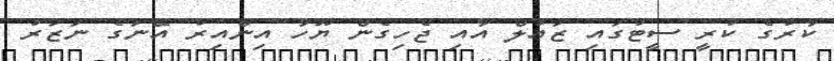
ކާރުގެ ކުރީ ސީޓުގައި ޒައުލް އާއި ޖެހިގެން ޔޫހާ އިންއިރު އޭނަގެ ނަޒަރު